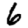
Digit: 6